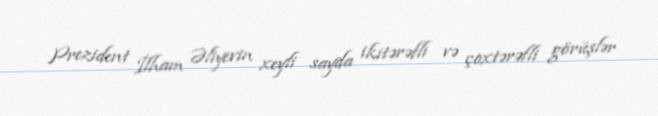
Prezident İlham Əliyevin xeyli sayda ikitərəfli və çoxtərəfli görüşlər